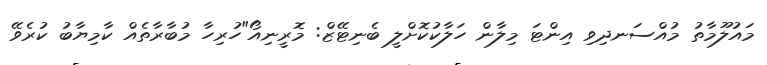
މައުލޫމާތު މުއްސަނދިވި އިންޓަ މިލާން ހަލާކުކޮށްލީ ބެނިޓޭޒް: މޮރީނިއޯ"ހުރިހާ މުބާރާތެއް ކާމިޔާބު ކުރެވޭ